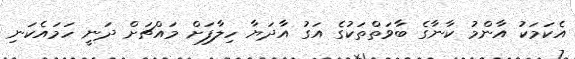
އެކަމަކު އާންމު ކާނާގެ ބާވަތްތަކުގެ އަގު އާދަޔާ ހިލާފަށް މައްޗަށް ދަނީ ހަމައެކަނި